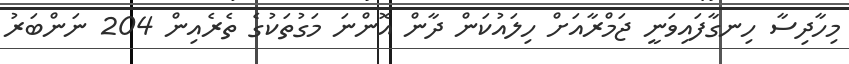
މިހާދިސާ ހިނގާފައިވަނީ ޖަމްރާއަށް ހިލައުކަން ދާން އޮންނަ މަގުތަކުގެ ތެރެއިން 204 ނަންބަރު